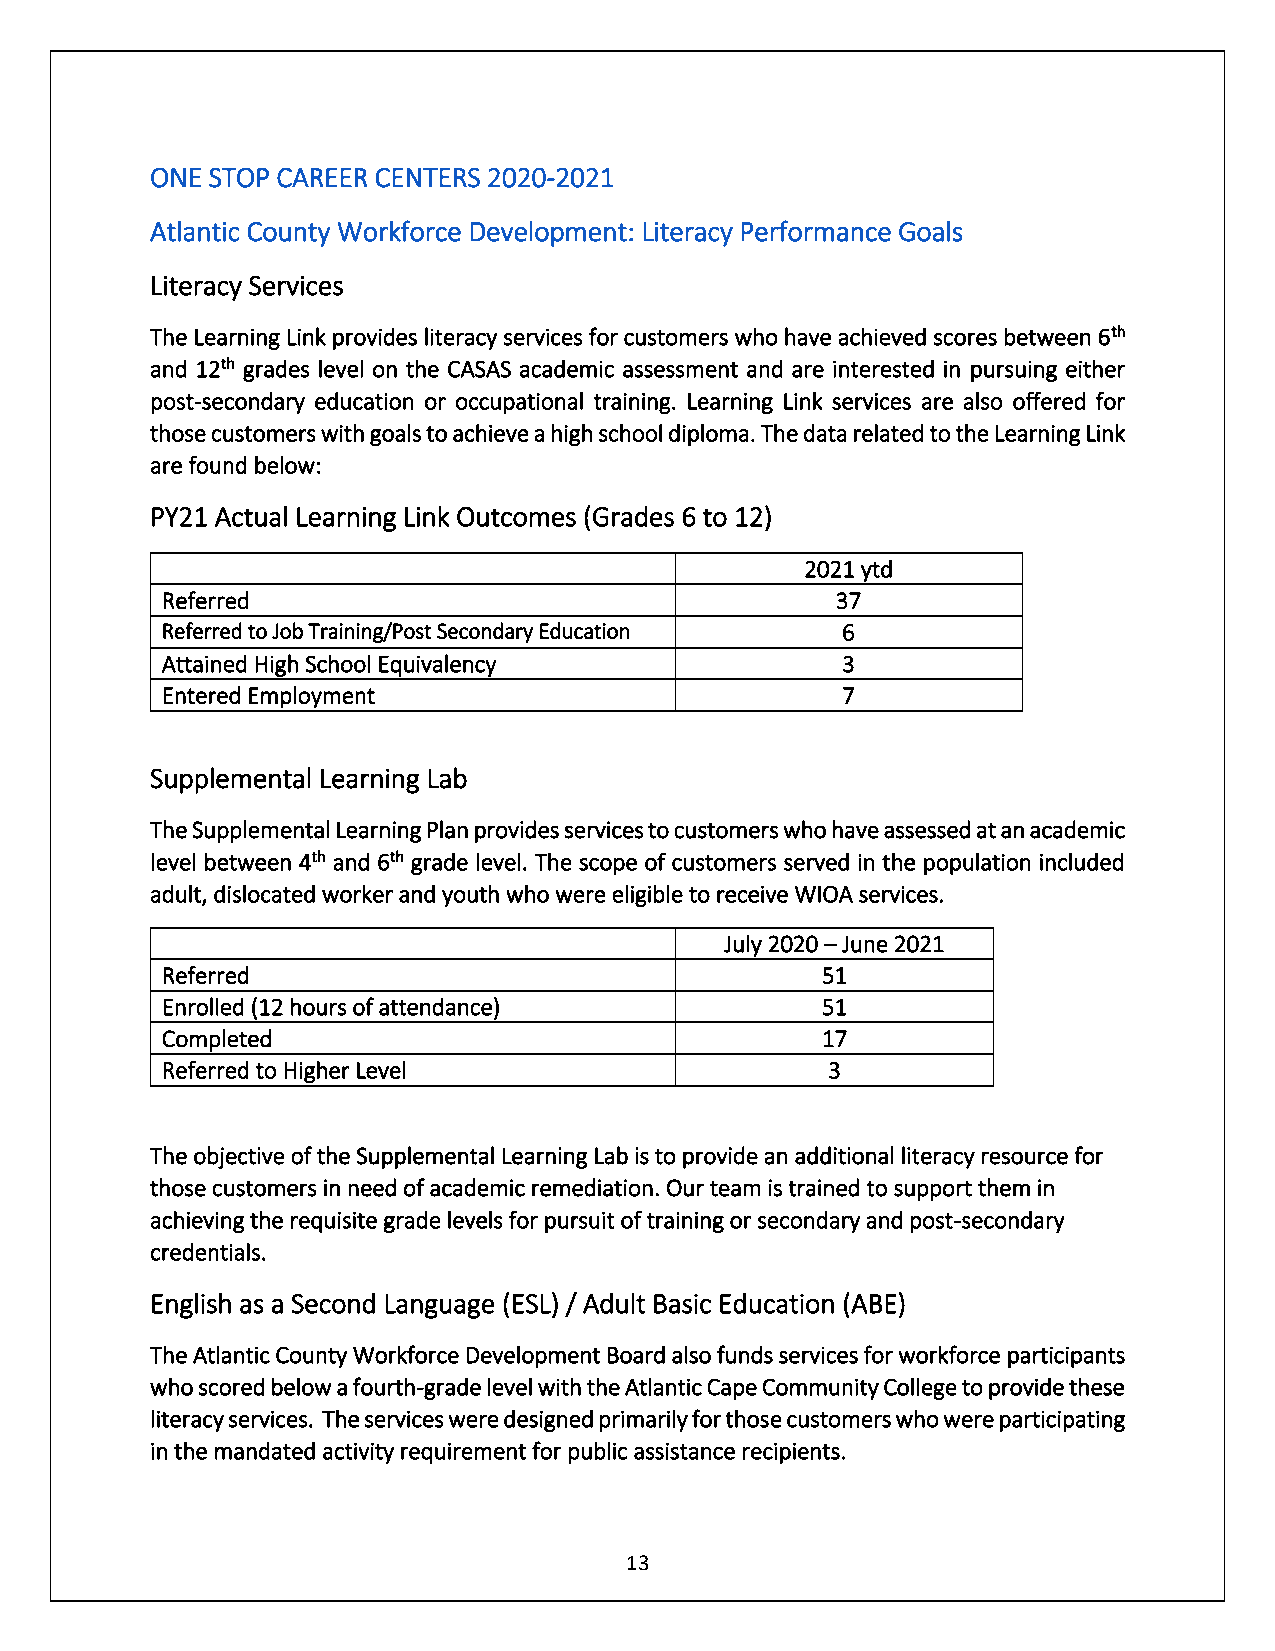
ONE STOP CAREER CENTERS 2020-2021
 Atlantic County Workforce Development: Literacy Performance Goals
 Literacy Services
 The Learning Link provides literacy services for customers who have achieved scores between 6th
 and 12th grades level on the CASAS academic assessment and are interested in pursuing either
 post-secondary education or occupational training. Learning Link services are also offered for
 those customers with goals to achieve a high school diploma. The data related to the Learning Link
 are found below:
 PY21 Actual Learning Link Outcomes (Grades 6 to 12)
 2021 ytd
 Referred                                    37
 Referred to Job Training/Post Secondary Education 6
 Attained High School Equivalency             3
 Entered Employment                           7
 Supplemental Learning Lab
 The Supplemental Learning Plan provides services to customers who have assessed at an academic
 level between 4th and 6th grade level. The scope of customers served in the population included
 adult, dislocated worker and youth who were eligible to receive WIOA services.
 July 2020 – June 2021
 Referred                                   51
 Enrolled (12 hours of attendance)          51
 Completed                                  17
 Referred to Higher Level                    3
 The objective of the Supplemental Learning Lab is to provide an additional literacy resource for
 those customers in need of academic remediation. Our team is trained to support them in
 achieving the requisite grade levels for pursuit of training or secondary and post-secondary
 credentials.
 English as a Second Language (ESL) / Adult Basic Education (ABE)
 The Atlantic County Workforce Development Board also funds services for workforce participants
 who scored below a fourth-grade level with the Atlantic Cape Community College to provide these
 literacy services. The services were designed primarily for those customers who were participating
 in the mandated activity requirement for public assistance recipients.
 13